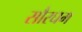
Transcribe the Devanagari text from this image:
सौरघम